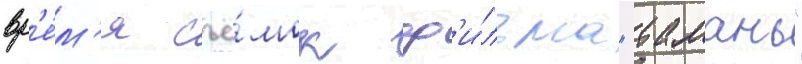
вр'е́м'я съё́мок ф'и́льма "тамань"